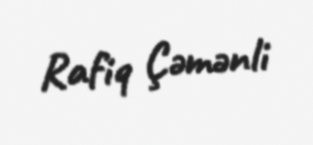
Rafiq Çəmənli